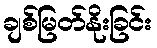
ချစ်မြတ်နိုးခြင်း